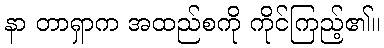
နာ တာရှာက အထည်စကို ကိုင်ကြည့်၏။